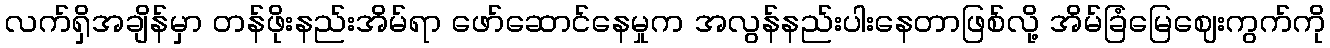
လက်ရှိအချိန်မှာ တန်ဖိုးနည်းအိမ်ရာ ဖော်ဆောင်နေမှုက အလွန်နည်းပါးနေတာဖြစ်လို့ အိမ်ခြံမြေဈေးကွက်ကို